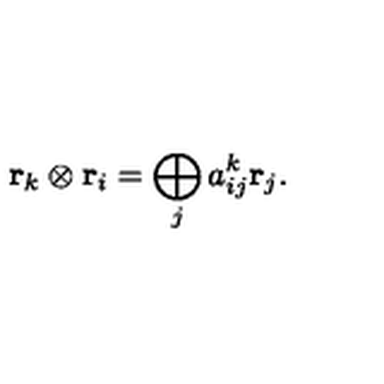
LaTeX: { \bf r } _ { k } \otimes { \bf r } _ { i } = \bigoplus _ { j } a _ { i j } ^ { k } { \bf r } _ { j } .